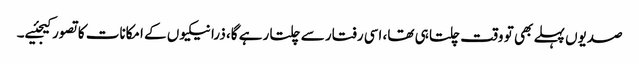
صدیوں پہلے بھی تو وقت چلتا ہی تھا، اسی رفتار سے چلتا رہے گا، ذرا نیکیوں کے امکانات کا تصور کیجئیے۔